Report on lock hospitals in British Burma
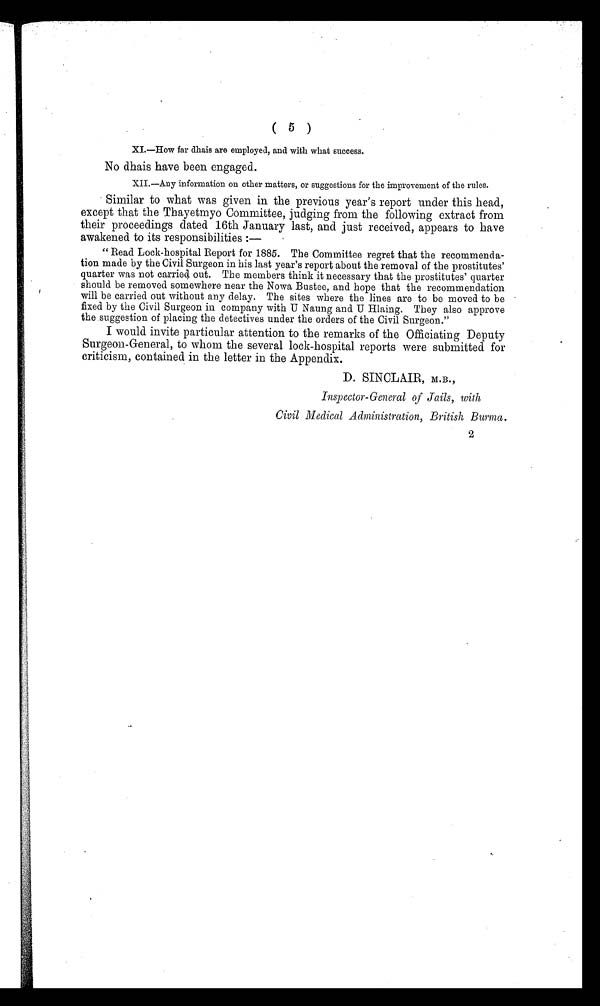
(5)
XI.—How far dhais are employed, and with what success.
No dhais have been engaged.
XII.—Any information on other matters, or suggestions for the improvement of the rules.
Similar to what was given in the previous year's report under this head,
except that the Thayetmyo Committee, judging from the following extract from
their proceedings dated 16th January last, and just received, appears to have
awakened to its responsibilities :
—
"Read Lock-hospital Report for 1885. The Committee regret that the recommenda-
tion made by the Civil Surgeon in his last year's report about the removal of the prostitutes'
quarter was not carried. out. The members think it necessary that the prostitutes' quarter
should be removed somewhere near the Nowa Bustee, and hope that the recommendation
will be carried out without any delay. The sites where the lines are to be moved to be
fixed by the Civil Surgeon in company with U Naung and U Hlaing. They also approve
the suggestion of placing the detectives under the orders of the Civil Surgeon."
I would invite particular attention to the remarks of the Officiating Deputy
Surgeon-General, to whom the several lock-hospital reports were submitted for
criticism, contained in the letter in the Appendix.
D. SINCLAIR, M.B.,
Inspector-General of Jails, with
Civil Medical Administration, British Burma.
2